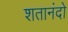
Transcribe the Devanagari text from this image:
शतानंदो